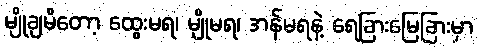
မျိုချမိတော့ ထွေးမရ၊ မျိုမရ၊ အန်မရနဲ့ ရေခြားမြေခြားမှာ